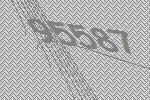
95587